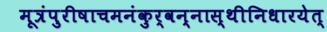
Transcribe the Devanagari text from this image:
मूत्रंपुरीषाचमनंकुर्वन्नास्थीनिधारयेत्